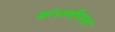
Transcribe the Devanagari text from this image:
बांधणीनंतर